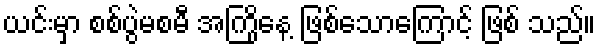
ယင်းမှာ စစ်ပွဲမစမီ အကြိုနေ့ ဖြစ်သောကြောင့် ဖြစ် သည်။